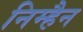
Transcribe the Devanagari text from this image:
निम्हैन